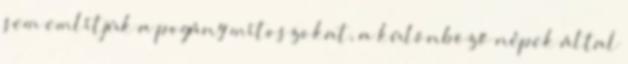
sem említjük a pogány mítoszokat, a különböző népek által